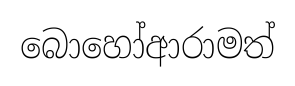
බොහෝආරාමත්